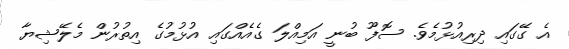
އެ ގޭގައި ދިރިއުޅުމެވެ. ސޮފޫ ބުނީ އަމިއްލަ ގެއެއްގައި އުޅުމުގެ އިތުރުން މެލޭޝިޔާ